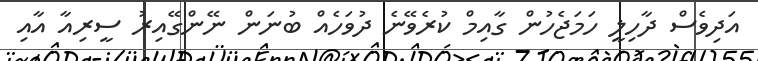
އަދިވެސް ދާހިލީ ހަމަޖެހުން ގާއިމް ކުރެވޭނެ ދުވަހެއް ބުނަން ނޭންގޭއިރު ސީރިއާ އާއި